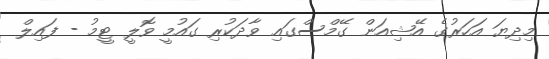
މިދިޔަ އަހަރުގެ އޭޝިއަން ގޭމްސްގައި ވާދަކުރި ގައުމީ ވޮލީ ޓީމު - ފައިލް